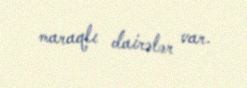
maraqlı dairələr var.